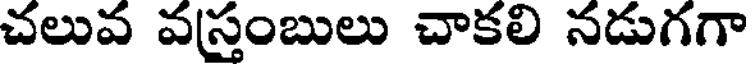
చలువ వస్తంబులు చాకలి నడుగగా